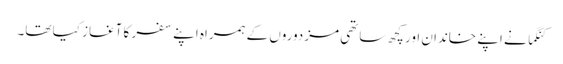
کنگما نے اپنے خاندان اور کچھ ساتھی مزدوروں کے ہمراہ اپنے سفر کا آغاز کیا تھا۔